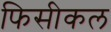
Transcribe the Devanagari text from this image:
फिसीकल